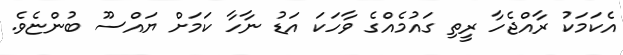
އެކަމަކު ރާއްޖެހާ ރީތި ގައުމެއްގެ ވާހަކަ އަޑު ނާހާ ކަމަށް ޔައްސޫ ބުންޏެވެ.